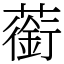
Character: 䕔